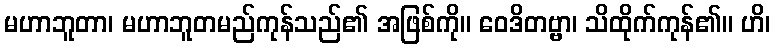
မဟာဘူတာ၊ မဟာဘူတမည်ကုန်သည်၏ အဖြစ်ကို။ ဝေဒိတဗ္ဗာ၊ သိထိုက်ကုန်၏။ ဟိ၊